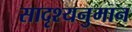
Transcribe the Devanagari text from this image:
सादृश्यनुमान